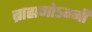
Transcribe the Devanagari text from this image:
ब्राह्मणोऽग्नी